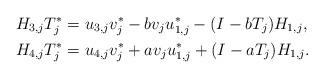
LaTeX: \begin{align*} H_{3,j}T_j^* &= u_{3,j}v_{j}^*- b v_{j}u_{1,j}^* -(I-bT_j)H_{1,j}, \\ H_{4,j}T_j^* &= u_{4,j}v_{j}^* + a v_{j} u_{1,j}^* + (I-aT_j)H_{1,j}. \end{align*}